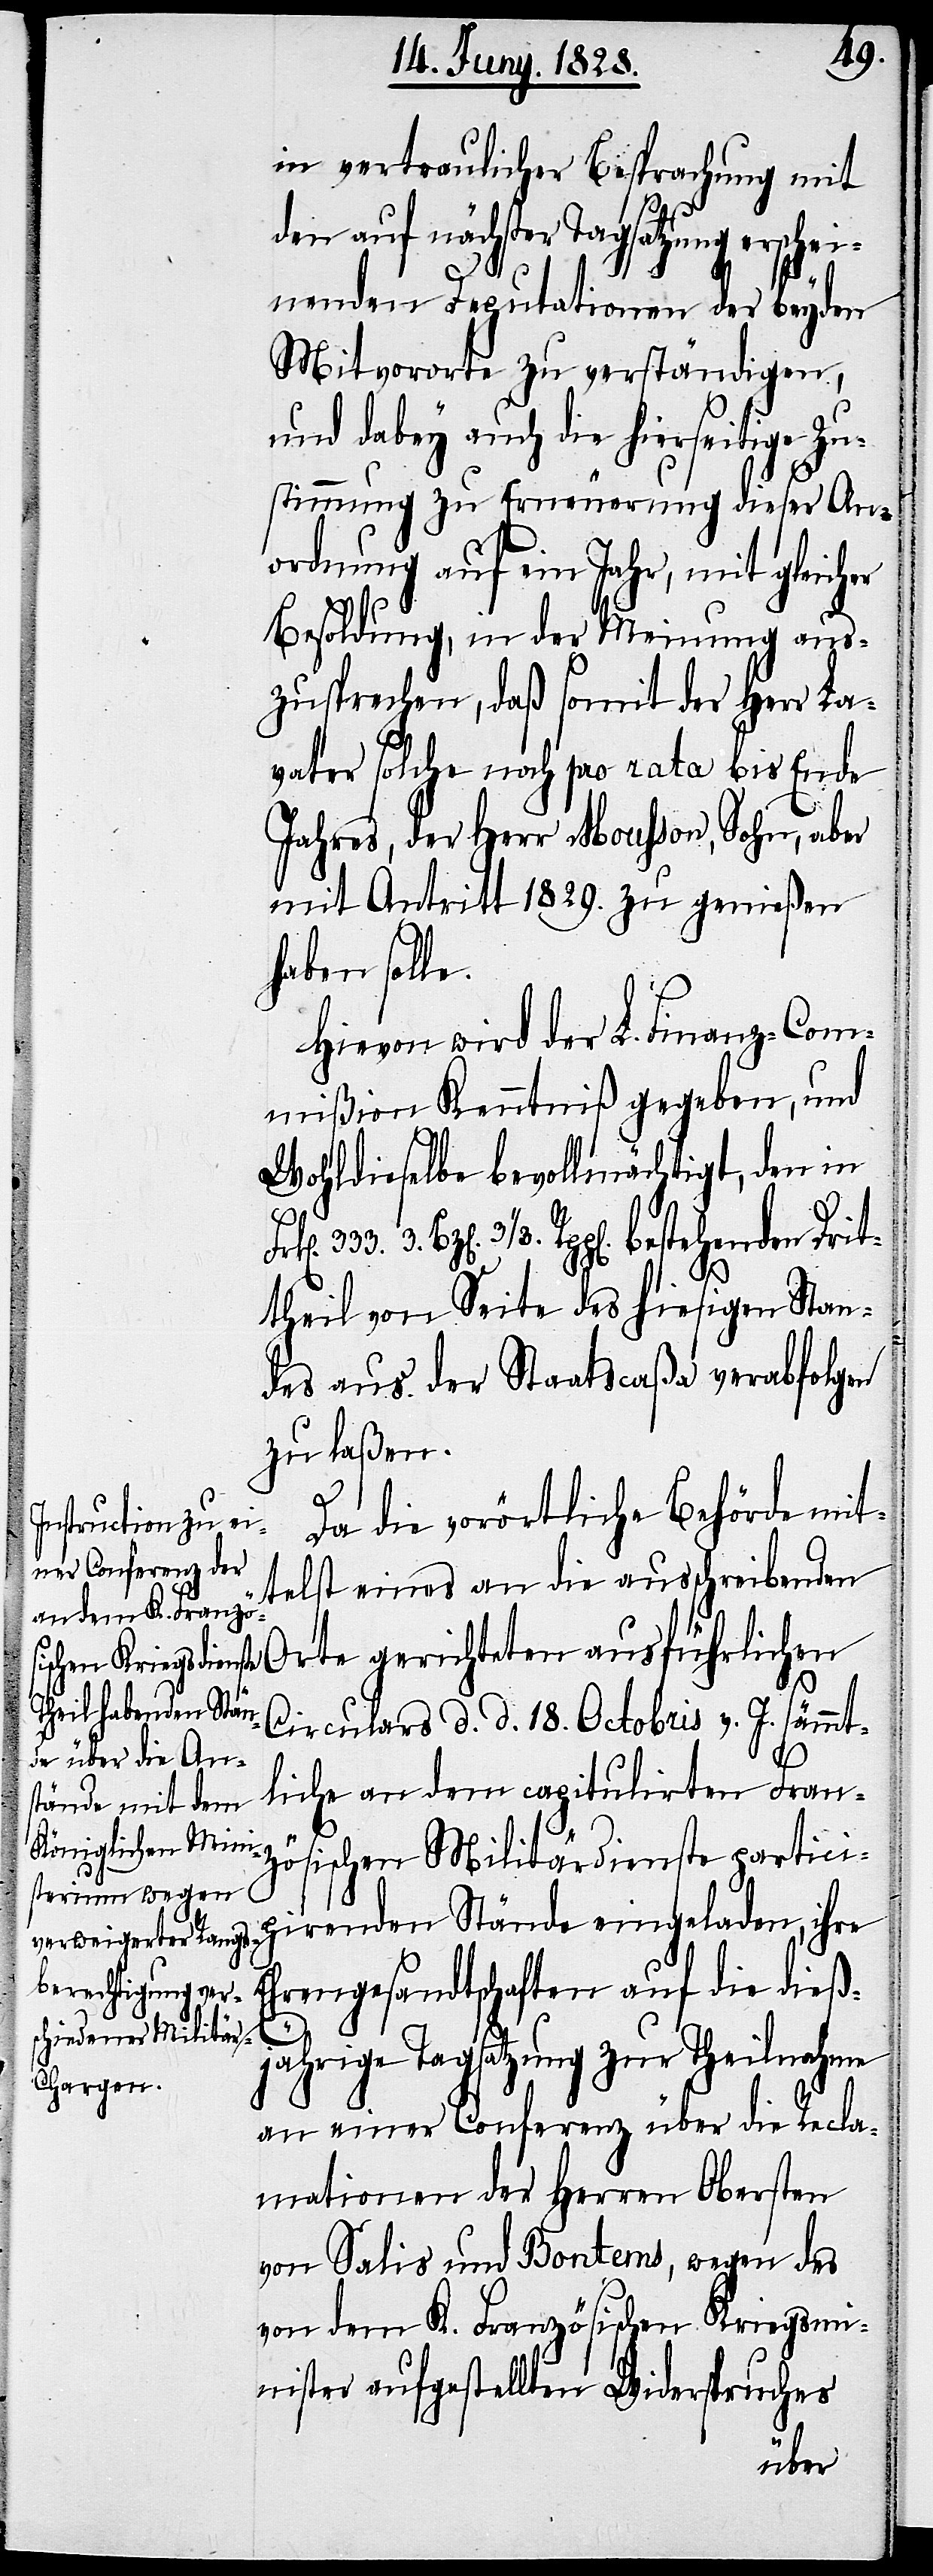
in vertraulicher Besprechung mit
den auf nächster Tagsatzung erschei¬
nenden Deputationen der beyden
Mitvororte zu verständigen,
und dabey auch die hierseitige Zu¬
stimmung zu Erneuerung dieser An¬
ordnung auf ein Jahr, mit gleicher
Besoldung, in der Meinung aus¬
zusprechen, daß somit der Herr La¬
vater solche noch pro rata bis Ende
Jahres, der Herr Mousson, Sohn, aber
mit Antritt 1829. zu genießen
haben solle.
Hievon wird der L. Finanz-Com¬
mißion Kenntniß gegeben, und
Wohldieselbe bevollmächtigt, den in
telst eines an die aus¬
theil von Seite des hiesigen Stan¬
des aus der Staatscaßa verabfolgen
zu laßen.
Da die vorörtliche Behörde mit¬
schreibenden Orte gerichteten ausführlichen
Circulars d. d. 18. Octobris v. J. sämmt¬
liche an dem capitulirten Franz¬
ösischen Militärdienste partici¬
pirenden Stände eingeladen, ihre
Ehrengesandtschaften auf die dies¬
jährige Tagsatzung zur Theilnahme
an einer Conferenz über die Recla¬
mationen der Herren Obersten
von Salis und Bontems, wegen des
von dem K. Französischen Kriegsmi¬
nister aufgestellten Widerspruches
3.